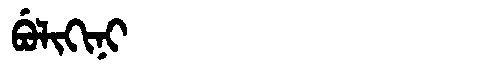
Manchu: ᠪᡠᠯᡳᡴᡳᠨᡳ
Romanization: BULIKINI